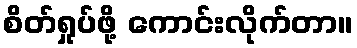
စိတ်ရှုပ်ဖို့ ကောင်းလိုက်တာ။